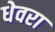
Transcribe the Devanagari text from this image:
धेवरा